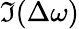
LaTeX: \mathfrak{I}(\Delta\omega)